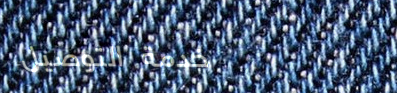
خدمة التوصيل